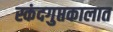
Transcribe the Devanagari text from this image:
स्कंदगुप्तकालात